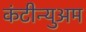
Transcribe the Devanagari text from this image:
कंटीन्युअम